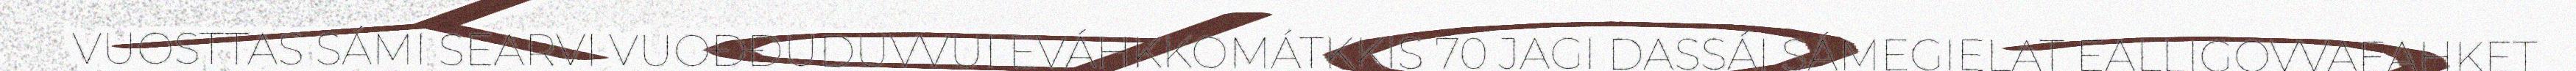
VUOSTTAS SÁMI SEARVI VUOĐĐUDUVVUI EVÁHKKOMÁTKKIS 70 JAGI DASSÁI SÁMEGIELAT EALLIGOVVAEAHKET